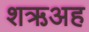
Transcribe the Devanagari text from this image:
शऋअह